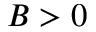
B > 0